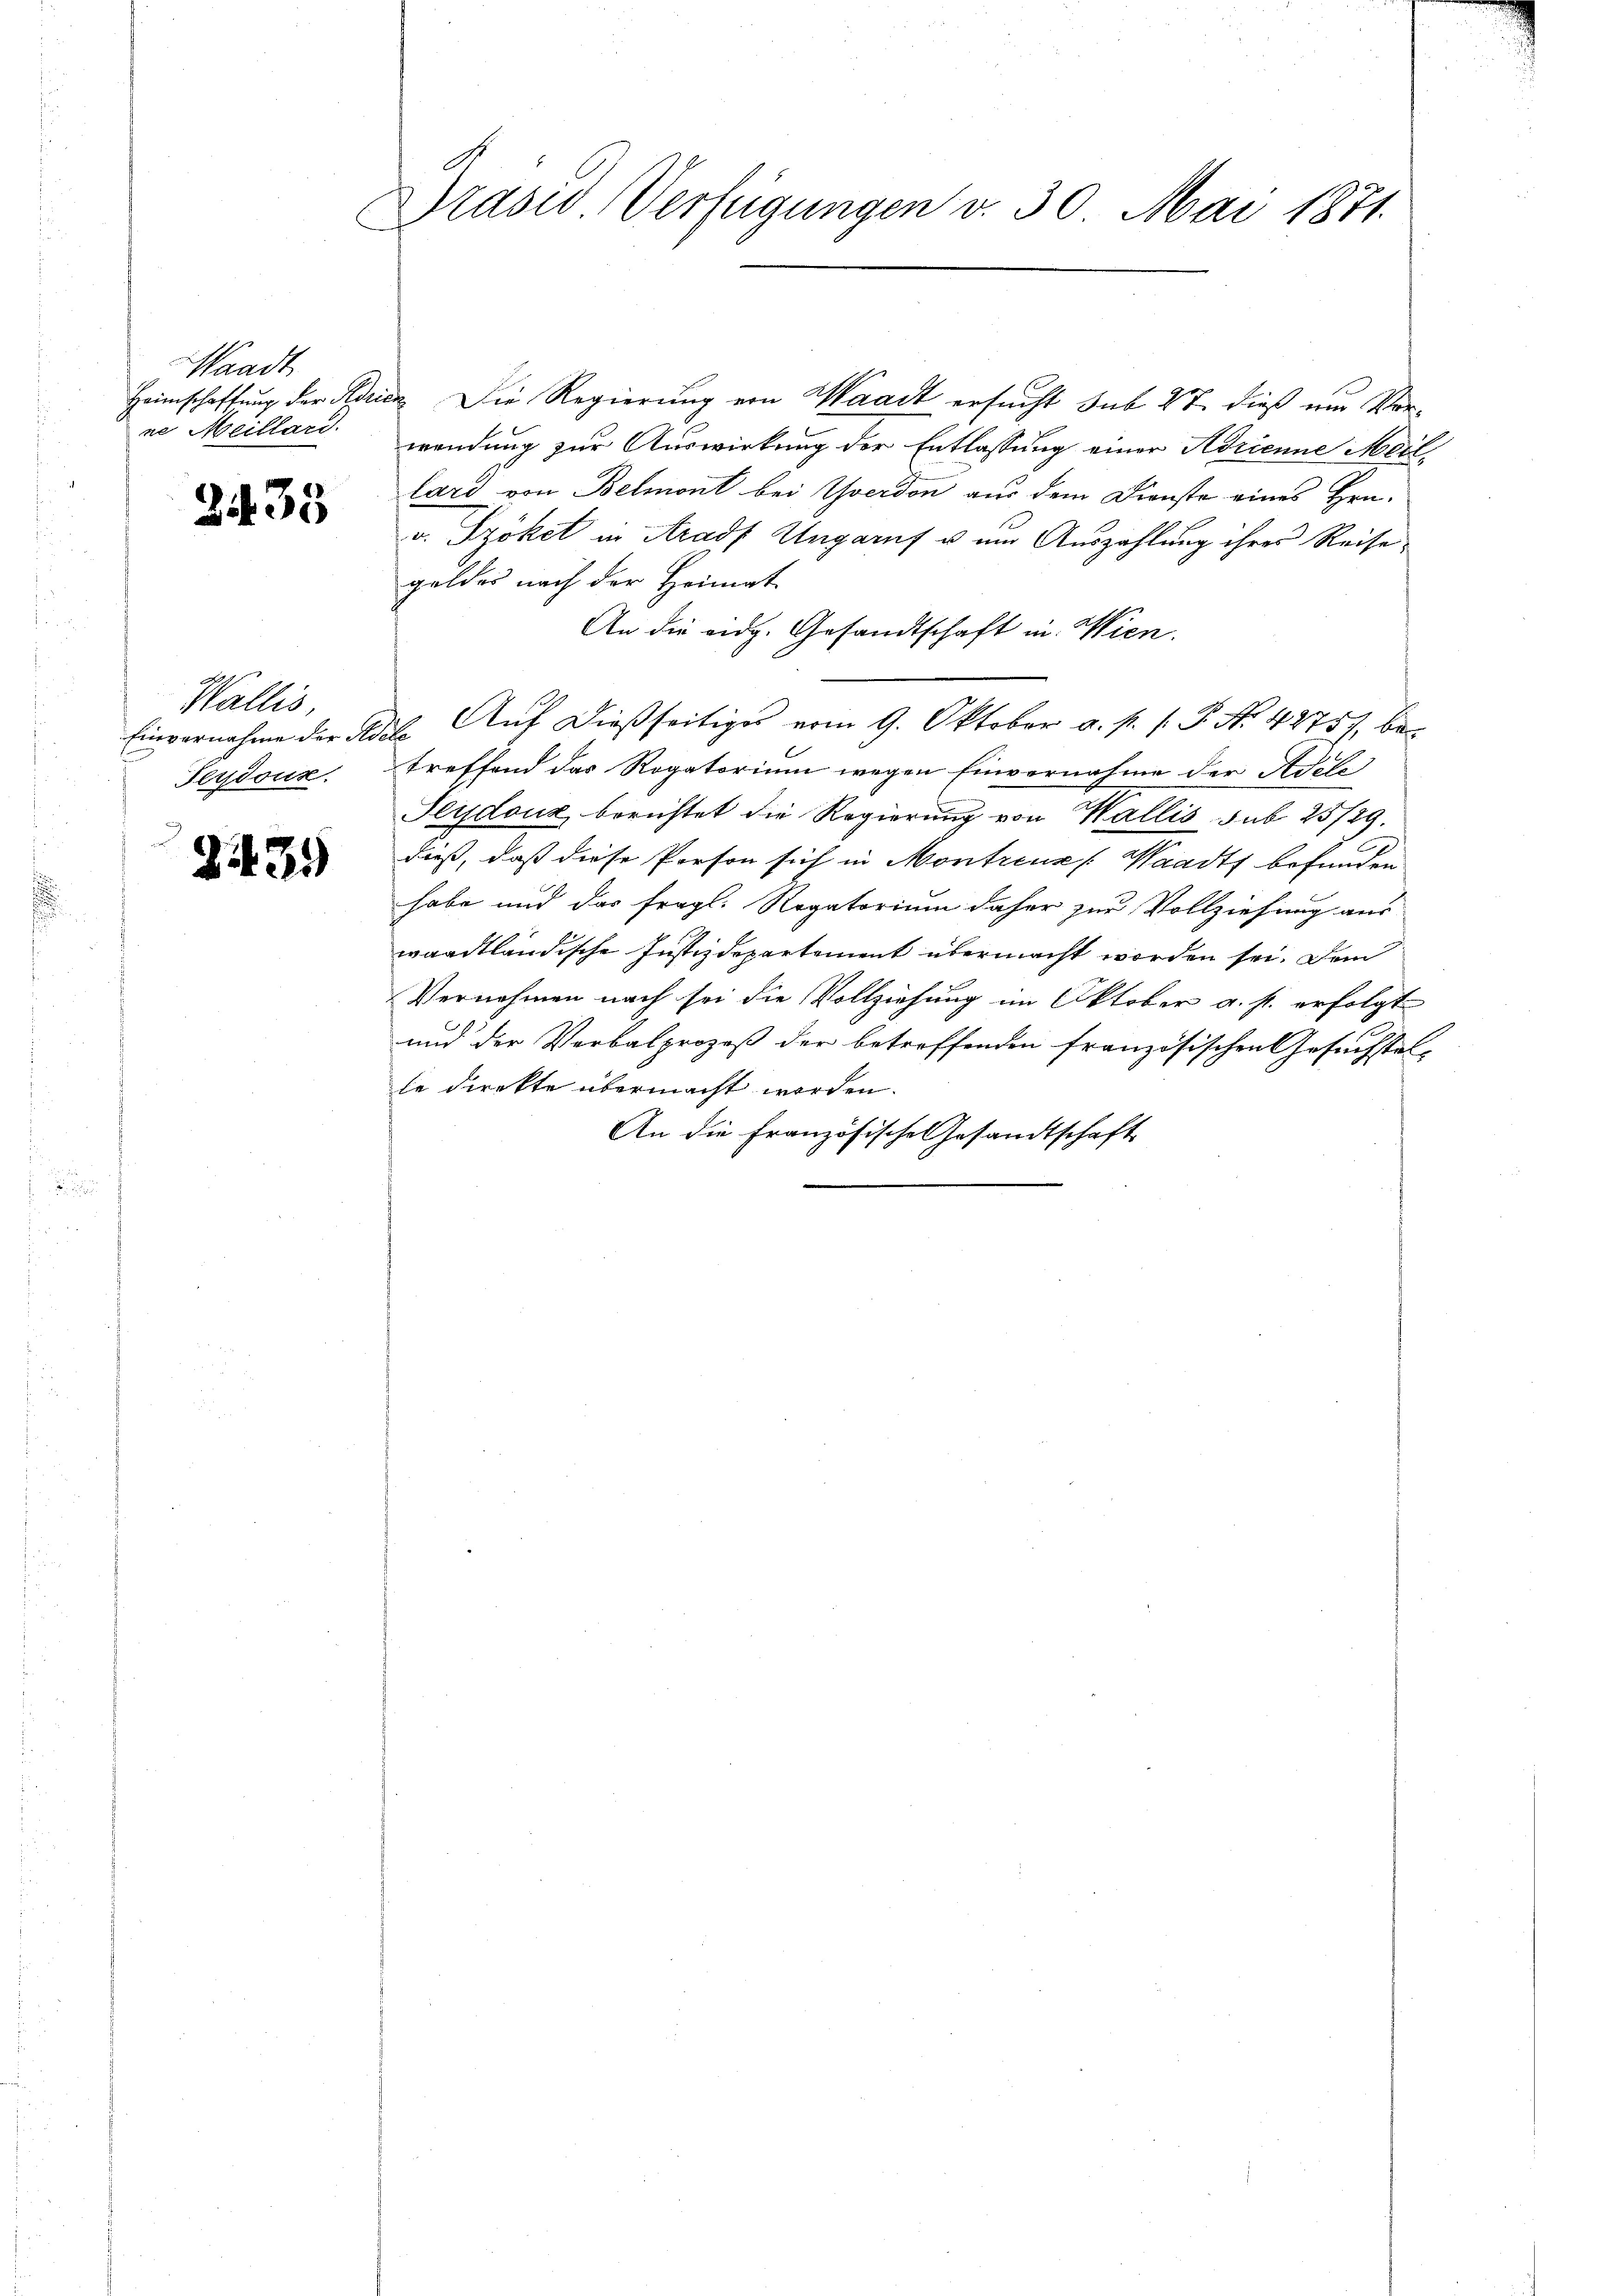
Waadt
ne Meillard.

2433

Wallis,

2439)

Drasw. Verfügungen v. 30. Mai 1871.

Heimschaftung der Koricz Die Regierung von Waadt ersucht sub 27. dieß ein Verwendung zur Auswirkung der Entlassung einer Adrienne Meil
lard von Belmont bei Yverdon aus dem Dienste eines Hrn.
v. Szöket in Aradf Ungaruf u. um Auszahlung ihres Reise,
geldes nach der Heimat
An die eidg. Gesandtschaft in Wien.
Einvernahme der Adele Auf dießseitiges vom 9. Oktober a. p. s. P. No. 4275), be¬
Feydoux, treffend das Rogatorium wegen Einvernahme der Adeli
Seudouz berichtet die Regierung von Wallis sub 25/29.
dieß, daß diese Person sich in Montreux Waadt befunden
habe und das fragl. Rogatorium daher zur Vollziehung aus
waadtländische Justizdepartement übermacht worden sei. Dem
Vernehmen nach sei die Vollziehung im Oktober a. f. erfolgt
und der Verbalprozeß der betreffenden französischen Gesuchstel-
le direkte übermacht worden.
An die Französische Gesandtschaft